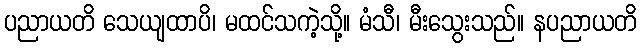
ပညာယတိ သေယျထာပိ၊ မထင်သကဲ့သို့။ မံသီ၊ မီးသွေးသည်။ နပညာယတိ